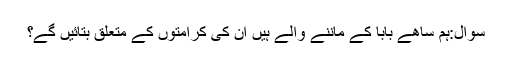
سوال:ہم ساھے بابا کے ماننے والے ہیں ان کی کرامتوں کے متعلق بتائیں گے؟